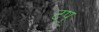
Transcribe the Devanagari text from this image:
टप्